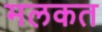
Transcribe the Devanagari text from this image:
मलकत